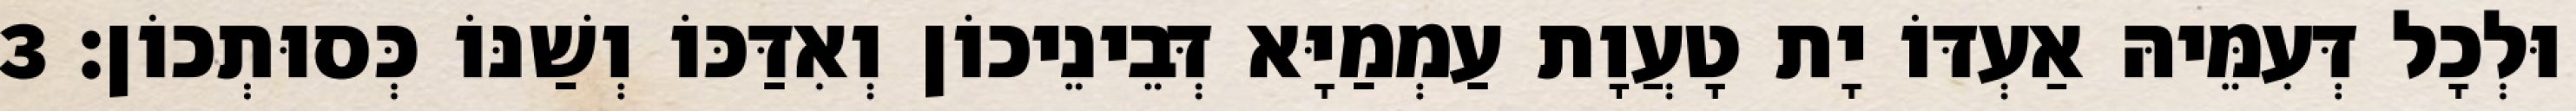
וּלְכָל דְּעִמֵּיהּ אַעְדּוֹ יָת טָעֲוָת עַמְמַיָּא דְּבֵינֵיכוֹן וְאִדַּכּוֹ וְשַׁנּוֹ כְּסוּתְכוֹן׃ 3